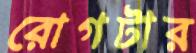
রোগটার